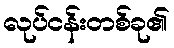
လုပ်ငန်းတစ်ခု၏